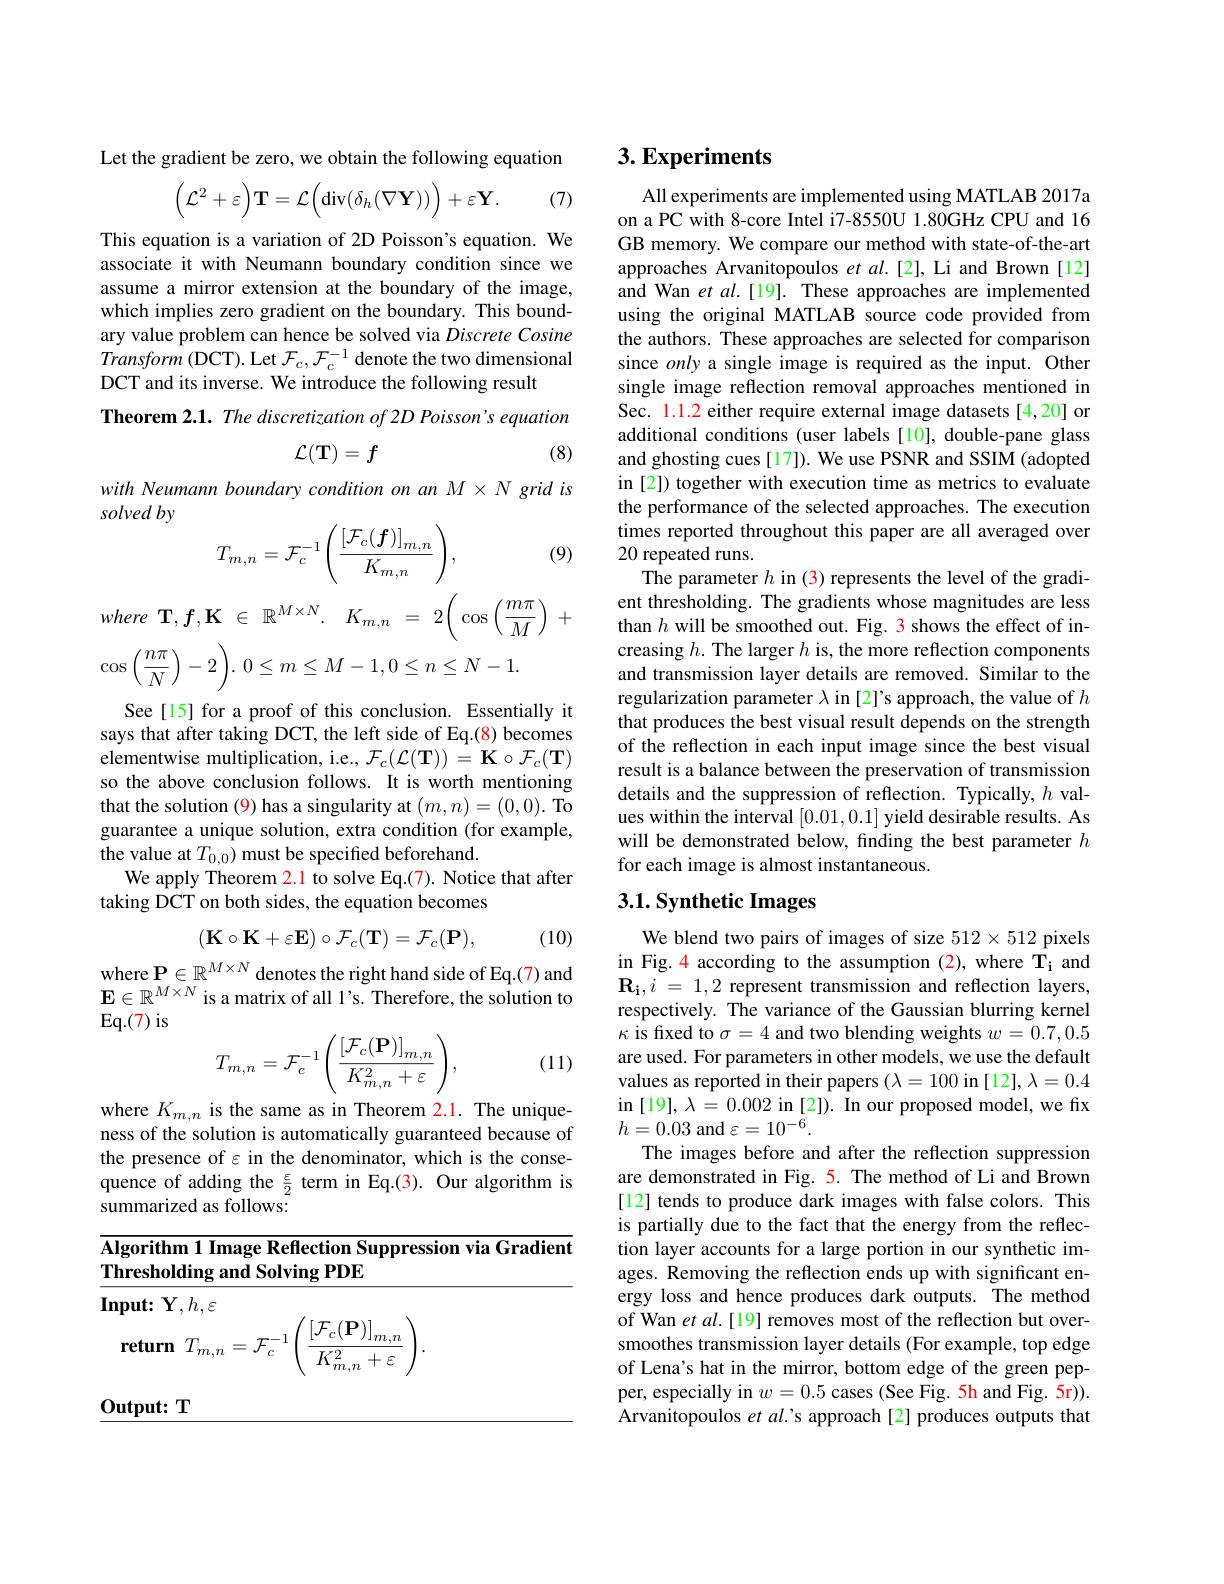
Let the gradient be zero, we obtain the following equation

(7)
$$\begin{pmatrix}\mathcal{L}^2+\varepsilon\end{pmatrix}\mathbf{T}=\mathcal{L}\Big(\mathrm{div}(\delta_h(\nabla\mathbf{Y}))\Big)+\varepsilon\mathbf{Y}.$$
This equation is a variation of 2D Poisson's equation. We associate it with Neumann boundary condition since we assume a mirror extension at the boundary of the image, which implies zero gradient on the boundary. This boundary value problem can hence be solved via Discrete Cosine Transform (DCT). Let $\mathcal{F}_c,\mathcal{F}_c^{-1}$ denote the two dimensional DCT and its inverse. We introduce the following result

Theorem 2.1. The discretization of 2D Poisson's equation
$$\mathcal{L}(\mathbf{T})=f$$
(8)

with Neumann boundary condition on an M X grid is
solved by
$$T_{m,n}=\mathcal{F}_c^{-1}\Bigg(\frac{\left[\mathcal{F}_c(\boldsymbol{f})\right]_{m,n}}{K_{m,n}}\Bigg),$$
(9)
$$\mathbf{T},f,\mathbf{K}\:\in\:\mathbb{R}^{M\times N}.\quad K_{m,n}\:=\:2\Bigg(\cos\Big(\frac{m\pi}{M}\Big)\:+$$
$${\mathrm{os}}\left({\frac{n\pi}{N}}\right)-2{\biggr)}.\:0\leq m\leq M-1,0\leq n\leq N-1.$$
See[15] for a proof of this conclusion. Essentially it says that after taking DCT, the left side of Eq.(8) becomes elementwise multiplication, i.e., $\mathcal{F}_c(\mathcal{L}(\mathbf{T}))=\mathbf{K}\circ\mathcal{F}_c(\mathbf{T})$ so the above conclusion follows. It is worth mentioning that the solution (9) has a singularity at $(m,n)=(0,0).$ To guarantee a unique solution, extra condition (for example, the value at $T_{0,0})$ must be specified beforehand.
We apply Theorem 2.1 to solve Eq.(7). Notice that after
taking DCT on both sides, the equation becomes
$$(\mathbf{K}\circ\mathbf{K}+\varepsilon\mathbf{E})\circ\mathcal{F}_c(\mathbf{T})=\mathcal{F}_c(\mathbf{P}),$$
(10)

where $\mathbf{P}\in\mathbb{R}^M\times N$ denotes the right hand side of Eq.(7) and $\mathbf{E}\in\mathbb{R}^{M\times N}$ is a matrix of all l's. Therefore, the solution to $Eq.(7)$ is
$$T_{m,n}=\mathcal{F}_{c}^{-1}\Bigg(\frac{\left[\mathcal{F}_{c}(\mathbf{P})\right]_{m,n}}{K_{m,n}^{2}+\varepsilon}\Bigg),$$
(11)

where $K_{m,n}$ is the same as in Theorem 2.1. The uniqueness of the solution is automatically guaranteed because of the presence of $\varepsilon$ in the denominator, which is the consequence of adding the $\frac\varepsilon2$ term in Eq.(3). Our algorithm is summarized as follows:

$\overline{\textbf{Algorithm 1 Image Reflection Suppression via Gradient}}$

Thresholding and Solving PDE

Input: Y$,h,\varepsilon$
$$T_{m,n}=\mathcal{F}_{c}^{-1}\Bigg(\frac{\left[\mathcal{F}_{c}(\mathbf{P})\right]_{m,n}}{K_{m,n}^{2}+\varepsilon}\Bigg).$$
Output: T

## $3. \textbf{Experiments}$

All experiments are implemented using MATLAB 2017a on a PC with 8-core Intel i7-8550U 1.80GHz CPU and 16 GB memory. We compare our method with state-of-the-art approaches Arvanitopoulos $etal.[2]$,Li and Brown [12] and Wan et $al.[19].$ These approaches are implemented using the original MATLAB source code provided from the authors. These approaches are selected for comparison since only a single image is required as the input. Other single image reflection removal approaches mentioned in Sec. 1.1.2 either require external image datasets [4,20] or additional conditions (user labels [10], double-pane glass and ghosting cues [17]). We use PSNR and SSIM (adopted in [2]) together with execution time as metrics to evaluate the performance of the selected approaches. The execution times reported throughout this paper are all averaged over 20 repeated runs.
The parameter $h$ in (3) represents the level of the gradient thresholding. The gradients whose magnitudes are less than $h$ will be smoothed out. Fig. 3 shows the effect of increasing $h.$ The larger $h$ is, the more reflection components and transmission layer details are removed. Similar to the regularization parameter $\lambda$ in [2]'s approach, the value of $h$ that produces the best visual result depends on the strength of the reflection in each input image since the best visual result is a balance between the preservation of transmission details and the suppression of reflection. Typically, $h$ values within the interval [0.01,0.1] yield desirable results. As will be demonstrated below, finding the best parameter $h$ for each image is almost instantaneous.
3.1. Synthetic Images

We blend two pairs of images of size 512×512 pixels in Fig.4 according to the assumption (2), where Ti and $\mathbf{R_i,}i=1,2$ represent transmission and reflection layers, respectively. The variance of the Gaussian blurring kernel $\kappa$ is fixed to $\sigma=4$ and two blending weights $w=0.7,0.5$ are used. For parameters in other models, we use the default values as reported in their papers $(\lambda=100$ in [12], $\lambda=0.4$ in $[19],\lambda=0.002$ in [2]). In our proposed model, we fix $h=0.03$ and $\varepsilon=10^-\tilde{6}.$
The images before and after the reflection suppression are demonstrated in Fig. 5. The method of Li and Brown [12] tends to produce dark images with false colors. This is partially due to the fact that the energy from the reflection layer accounts for a large portion in our synthetic images. Removing the reflection ends up with significant energy loss and hence produces dark outputs. The method of Wan et al.[19] removes most of the reflection but oversmoothes transmission layer details (For example, top edge of Lena's hat in the mirror, bottom edge of the green pepper, especially in $w=0.5$ cases (See Fig. 5h and Fig. 5r)). Arvanitopoulos et al.'s approach[2] produces outputs that